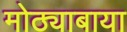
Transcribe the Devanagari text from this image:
मोठ्याबाया